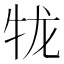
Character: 𪺪